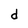
Character: d